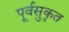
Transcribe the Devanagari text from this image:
पूर्वसुकृत